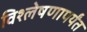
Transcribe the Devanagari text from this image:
विश्लेषणापर्यंत